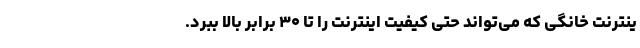
ینترنت خانگی که می‌تواند حتی کیفیت اینترنت را تا ۳۰ برابر بالا ببرد.